Annual administration report of the Civil Veterinary Department of India - 1897-1898
Year: 1897
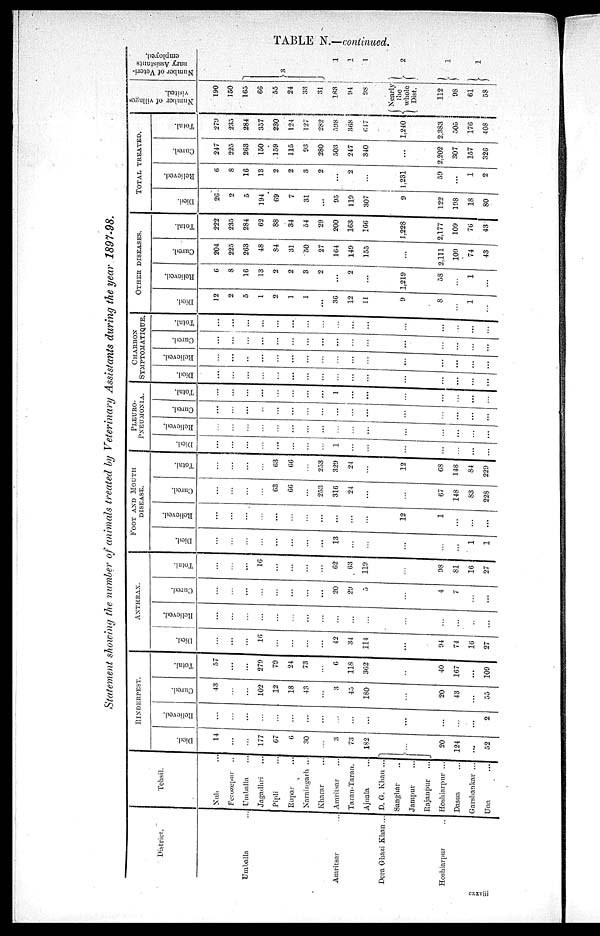
TABLE N.—continued.
Statement showing the number of animals treated by Veterinary Assistants during the year 1897-98.
District.
Umballa ...
Amritsar
Dera Ghazi Khan ...
Hoshiarpur
...
Tehsil.
Nuh ...
Ferozepur ...
Umballa ...
Jagadhri ...
Pipli ...
Rupar ...
Naraingarh ...
Kharar ...
Amritsar
Taran-Taran.
Ajnala ...
D. G. Khan ...
Sanghar ...
Jampur
...
Rajanpur
...
Hoshiarpur ...
Dasua ...
Garehankar ...
Una ...
RINDERPEST.
Di ed.
14
...
...
177
67
6
30
...
3
73
182
....
20
124
...
52
Rel i
eved.
...
...
...
...
...
...
...
...
...
...
...
...
...
...
...
2
Cur ed.
43
...
...
102
12
18
43
...
3
45
180
...
20
43
...
55
Tot al .
57
...
...
279
79
24
73
...
6
118
362
...
40
167
...
109
ANTHRAX.
Di ed.
...
...
...
16
...
...
...
...
42
34
114
...
94
74
16
27
Rel i
eved.
...
...
...
...
...
...
...
...
...
...
...
...
...
...
...
...
Cur ed.
...
...
...
...
...
...
...
...
20
29
5
...
4
7
...
...
Tot al .
...
...
...
16
...
...
...
...
62
63
119
...
98
81
16
27
FOOT AND MOUTH
DISEASE.
Di ed.
...
...
...
...
...
...
...
...
13
...
...
...
...
...
1
1
Rel i
eved.
...
...
...
...
...
...
...
...
...
...
...
12
1
...
...
...
Cur ed.
...
...
...
...
63
66
...
253
316
24
...
...
67
148
83
228
Tot al .
...
...
...
...
63
66
...
253
329
24
...
12
68
148
84
229
PLEURO-
PNEUMONIA.
Di ed.
...
...
...
...
...
...
...
...
1
...
...
...
...
...
...
...
Rel i
eved.
...
...
...
...
...
...
...
...
...
...
...
...
...
...
...
...
...
Cur ed.
...
...
...
...
...
...
...
...
...
...
...
...
...
...
...
...
Tot al .
...
...
...
...
...
...
...
...
1
...
...
...
...
...
...
...
CHARBON
SYMPTOMATIQUE.
Di ed.
...
...
...
...
...
...
...
...
...
...
...
...
...
...
...
...
Rel i
eved.
...
...
...
...
...
...
...
...
...
...
...
...
...
...
...
...
Cur ed.
...
...
...
...
...
...
...
...
...
...
...
...
...
...
...
...
Tot al .
...
...
...
...
...
...
...
...
...
...
...
...
...
...
...
...
OTHER DISEASES.
Di ed.
12
2
5
1
2
1
1
...
36
12
11
9
8
...
1
...
Rel i
eved.
6
8
16
13
2
2
3
2
...
2
...
1,219
58
...
1
...
Cur ed.
204
225
263
48
84
31
50
27
164
149
155
...
2.111
109
74
43
Tot al .
222
235
284
62
88
34
54
29
200
163
166
1.228
2,177
109
76
48
TOTAL TREATED.
Died.
26
2
5
194
G9
7
31
...
95
119
307
9
122
198
18
80
Rel i
eved.
6
8
16
13
2
2
3
2
...
2
...
1.231
59
1
2
Cur ed.
247
225
263
150
159
115
93
280
503
247
340
...
2,202
307
157
326
Tot al .
279
235
284
357
230
124
127
282
598
368
647
1,240
2.383
505
176
408
Number of villages
visited.
190
150
165
66
55
24
33
31
183
94
98
Nearly
the
whole
Dist.
112
98
61
58
Number of Veteri-
nary Assistants
employed.
3
1
1
1
2
cxxviii